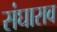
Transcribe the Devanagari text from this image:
संघाराव